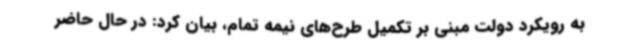
به رویکرد دولت مبنی بر تکمیل طرح‌های نیمه تمام، بیان کرد: در حال حاضر